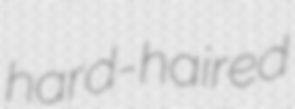
hard-haired